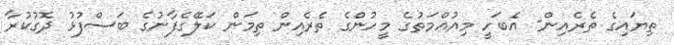
ތިޔައިގެ ތެރެއިން- އެބަހީ މިއުއްމަތުގެ މީހުންގެ ތެރެއިން ތިމަން ކަލޭގެފާނުގެ ބަސްފުޅު ދޮގުކުރާ